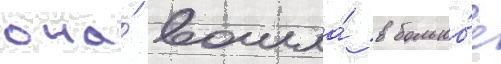
она́ вошла́ в большо́е